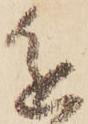
進